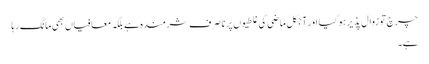
چرچ تو زوال پذیر ہو گیا اور آجکل ماضی کی غلطیوں پر نا صرف شرمندہ ہے بلکہ معافیاں بھی مانگ رہا
ہے۔